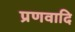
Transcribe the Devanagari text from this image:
प्रणवादि